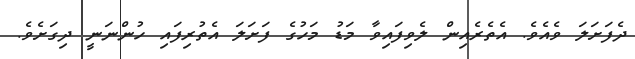
ދެފަށަލަ ވެއެވެ. އެތެރެއިން ލެވިފައިވާ މަޑު މަހުގެ ފަށަލަ އެތުރިފައި ހުންނަނީ ދިގަށެވެ.